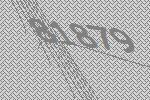
81879